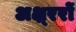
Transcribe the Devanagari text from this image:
अक्ष्ररों